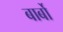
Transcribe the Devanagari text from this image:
बार्बो